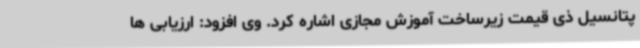
پتانسیل ذی قیمت زیرساخت آموزش مجازی اشاره کرد. وی افزود: ارزیابی ها